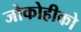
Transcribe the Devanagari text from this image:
जोकोहीको